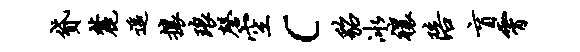
贷麓遥攘琅磬空c貂冰禳陪盲霄